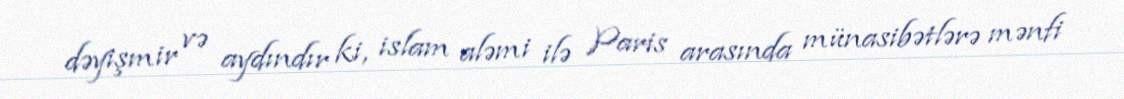
dəyişmir və aydındır ki, islam aləmi ilə Paris arasında münasibətlərə mənfi